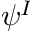
\psi ^ { I }